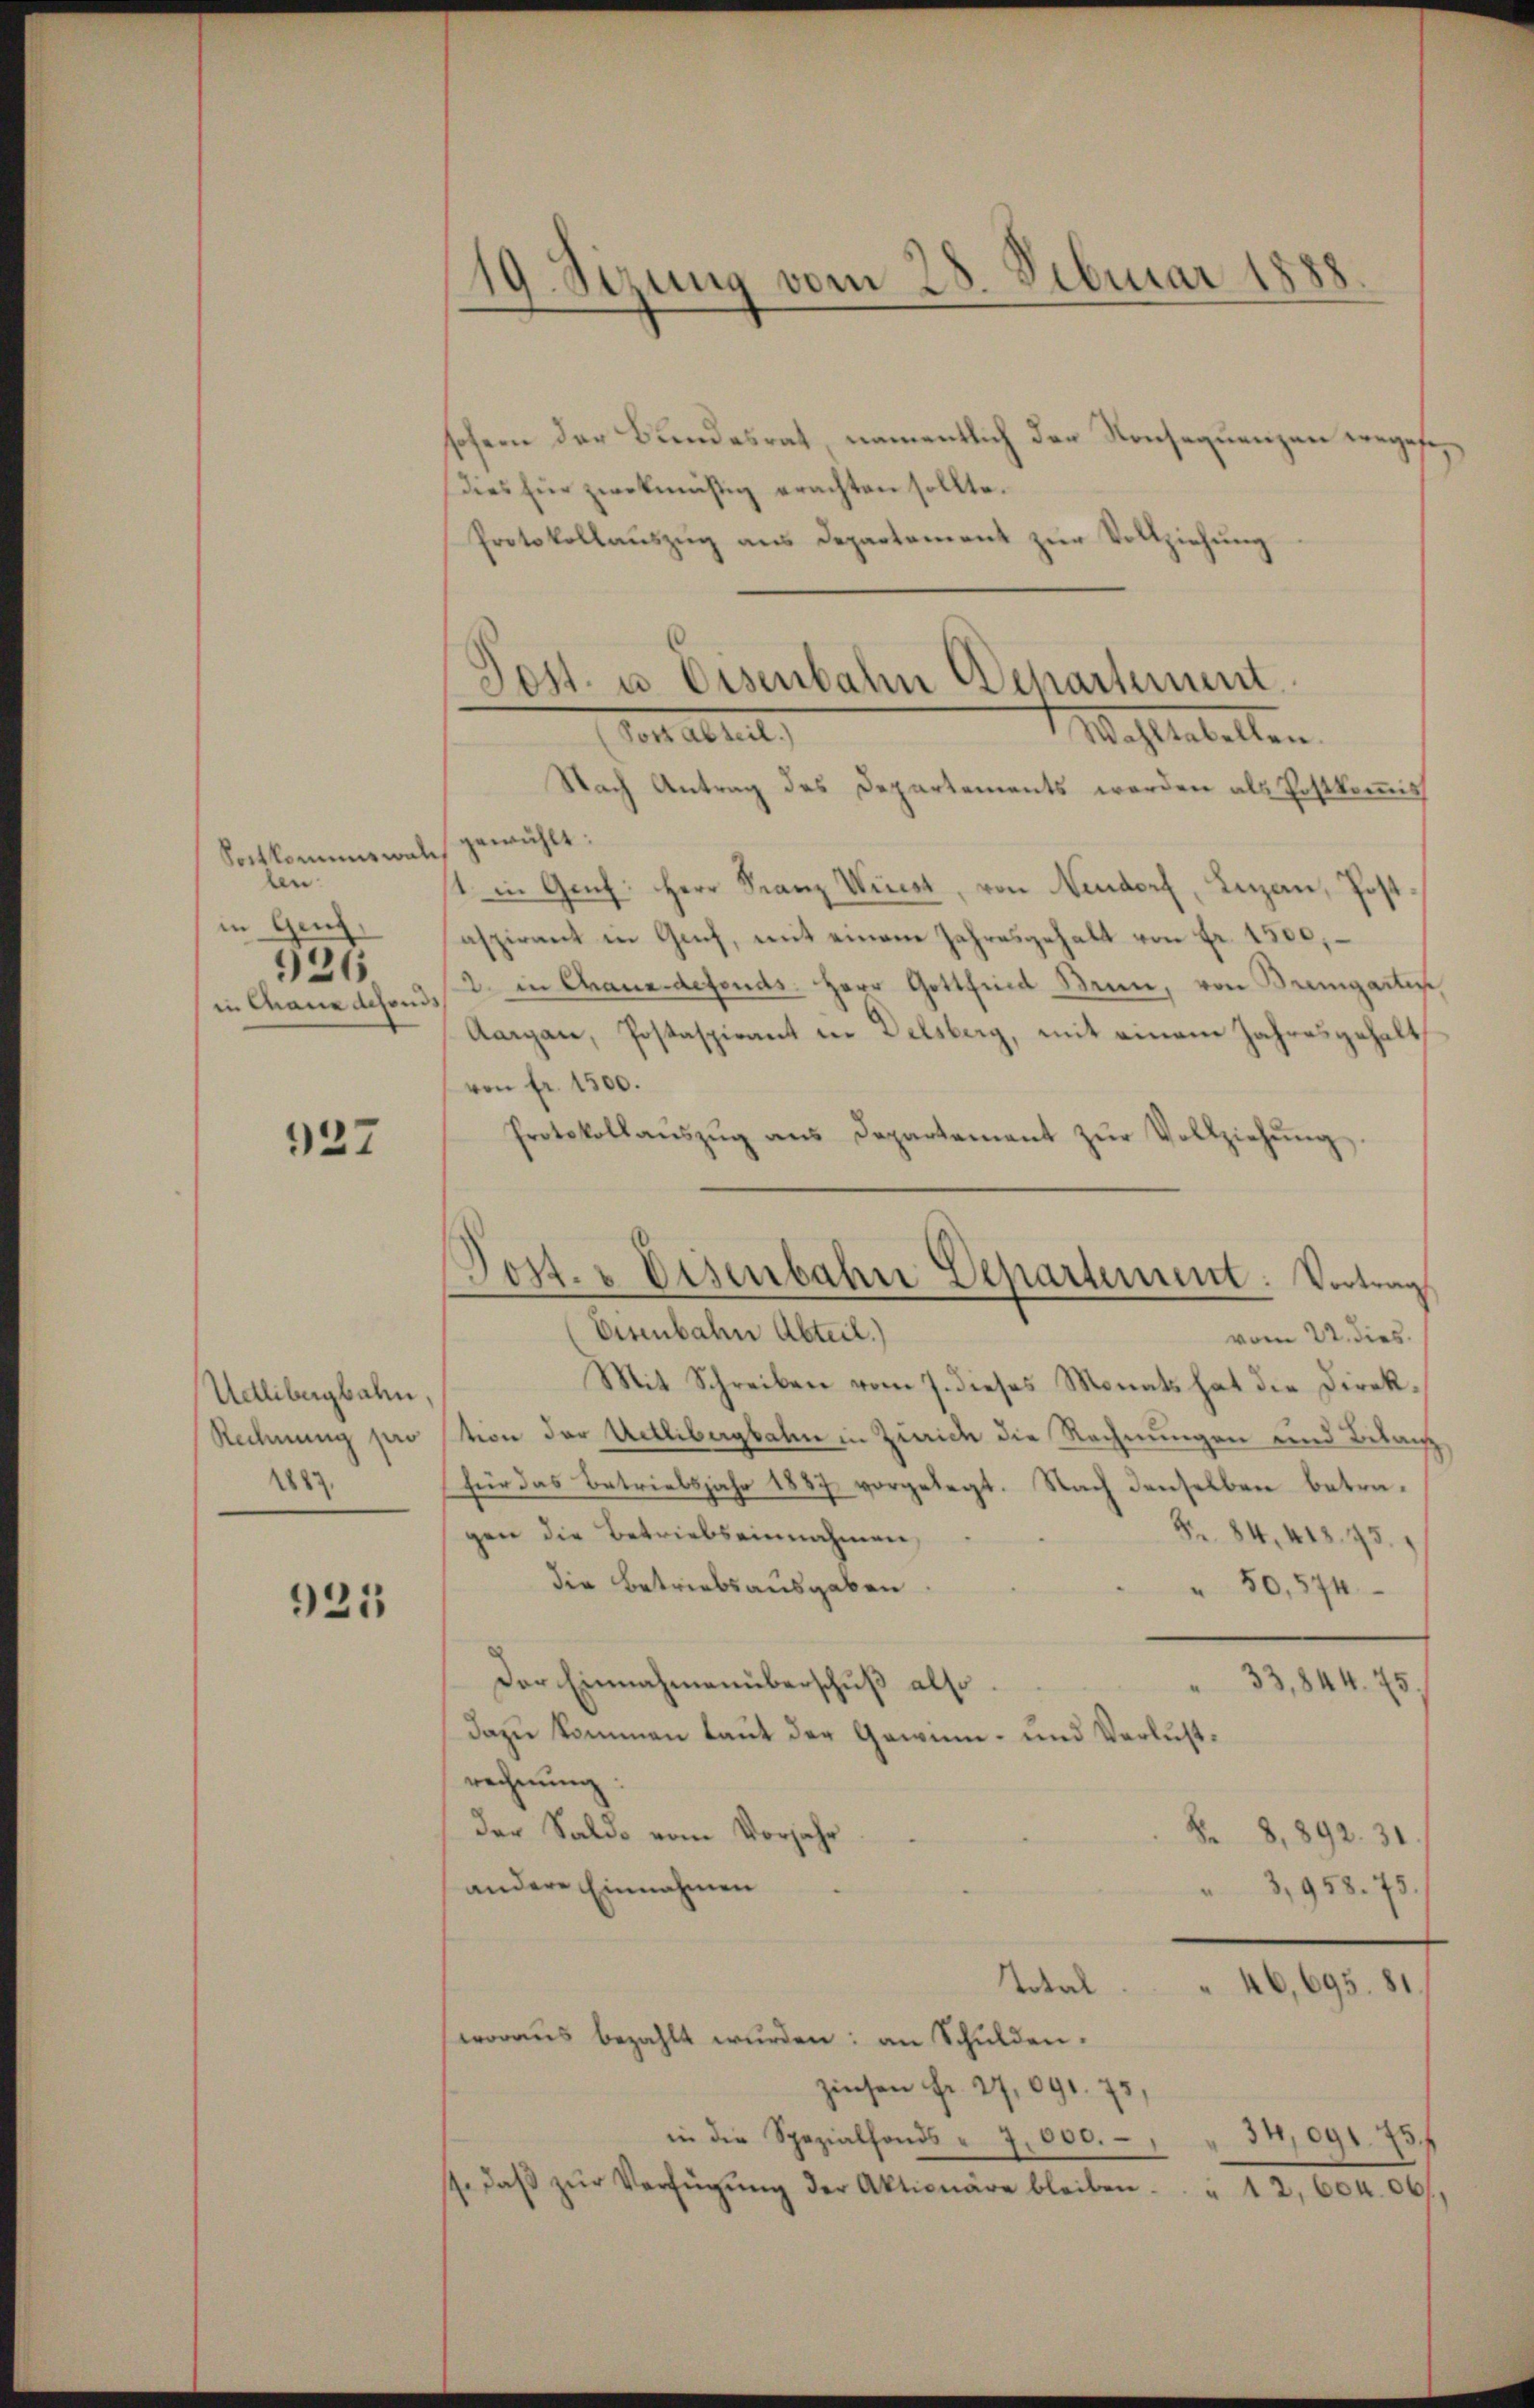
Sortkommiswal
len
in Genf
926.
in Chaue defonds

127

Udlibergbahn,
Rechnung pro
1883.

925

.
19. Sizung vom 28. Februar 1888

sofern der Bundesrat namentlich der Konsequenzen vergese
dies für zwekmäßig erachten sollte.
Protokollaŭszŭg ans Departement zur Vollziehung
Vor altet,
Mahlenballen.
Nach Antrag des Departements werden als Postkommiss
gewählt:
1 in Genf: Herr Franz Wirst, von Neudorf, Luzern, Jo
aspirant in Guch, mit einem Jahresgehalt von Fr. 1500,
2. in Chane defonds. Herr Gottfind Men, von Bremgarten
Aargau, Postaspirant in Delsberg, mit einem Jahresgehalt
von fr. 1500.
Protokollaŭszŭg ans Departement zŭr Vollziehŭng.
Eisenbahn Abteil.)
vom 22. dies
Mit Schreiben vom 7. dieses Monats hat die Direktion der Uetlibergbahn in Zürich die Rechnungen und Betanz
für das Betriebsjahr 1887 vorgelegt. Nach denselben betragen die Betriebseinnahmen,
Z. 84. 418. 95.
die Betriebsausgaben
" 50,574
Der Einnahmenüberschuß also
33,844. 75.
Dazu kommen laut der Gewinn- und Verlustrechnŭng:
der Saldo vom Vorjahr
Se
8,892. 31
andere Einnahmen
3,958. 75.
Total
46,695. 81.
woraŭs bezahlt wŭrden: an Schulden.
zinsen Fr. 27,091. 75,
in die Spezialfonds u. 7.000. - " " 34,091. 75.
t. daβ zŭr Verfügŭng der Aktionäre bleiben.
" 12, 60. 06.

Post u. Eisenbahn Departement

Post. - Disenbahne Departement. Vortrag